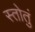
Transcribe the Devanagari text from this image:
स्तोतुं